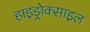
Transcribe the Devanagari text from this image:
हाइड्रोक्साइल